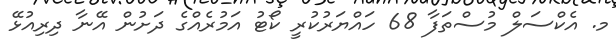
މ. އެކްސަލް މުސްތަފާ 68 ހައްޔަރުކުރީ ކޯޓު އަމުރެއްގެ ދަށުން އޭނާ ދިރިއުޅޭ